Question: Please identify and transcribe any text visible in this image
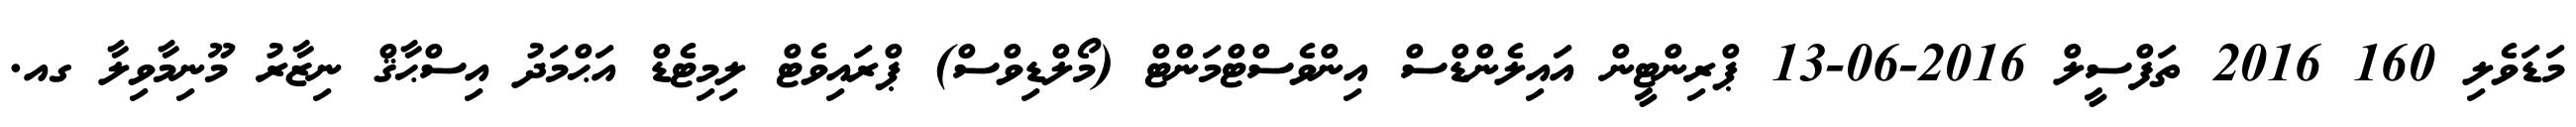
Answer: މަޑަވެލި 160 2016 ތަފްސީލް 2016-06-13 ޕްރިންޓީން އައިލެންޑްސް އިންވެސްޓްމަންޓް (މޯލްޑިވްސް) ޕްރައިވެޓް ލިމިޓެޑް އަޙްމަދު އިސްޙާޤް ނިޒާރު މޫނިމާވިލާ ގއ.